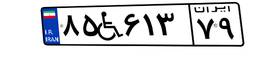
۸۵W۶۱۳۷۹